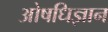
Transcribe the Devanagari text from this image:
ओषधिज्ञान